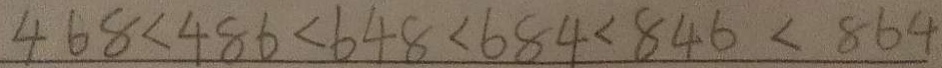
4 6 8 < 4 8 6 < 6 4 8 < 6 8 4 < 8 4 6 < 8 6 4